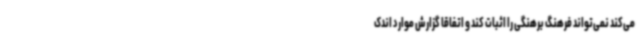
می‌کند نمی‌تواند فرهنگ برهنگی را اثبات کند و اتفاقا گزارش موارد اندک